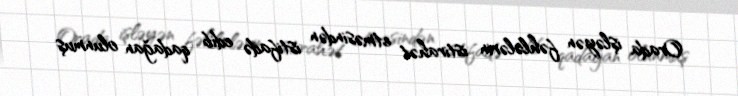
Orada işləyən fəhlələrin istirahət etməsindən istifadə edib qadağan olunmuş